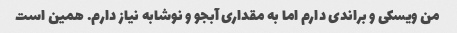
من ویسکی و براندی دارم اما به مقداری آبجو و نوشابه نیاز دارم. همین است